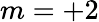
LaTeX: m=+2